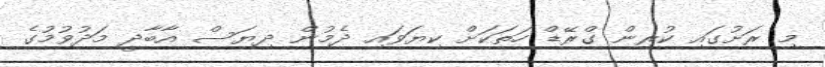
މި ރަށުގައި ކުރިން ގްރޭޑް ހަތަކަށް ކިޔަވައި ދެމުން ދިޔަސް އާބާދީ މަދުވުމުގެ